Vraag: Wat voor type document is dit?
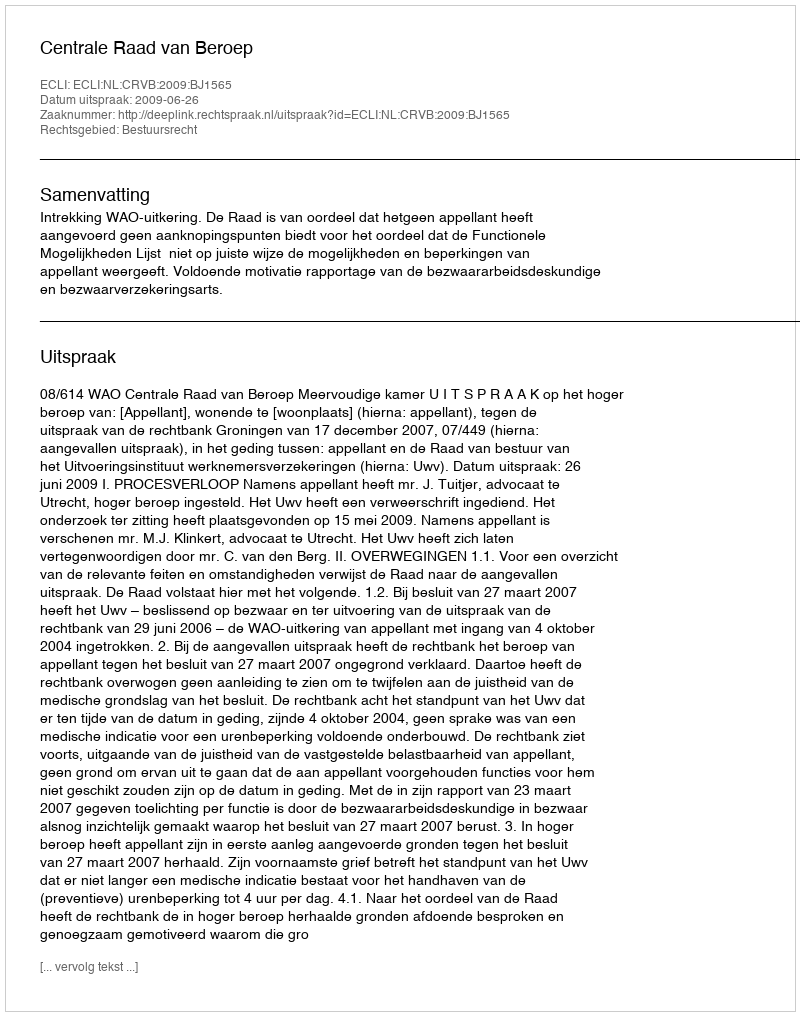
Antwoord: Uitspraak